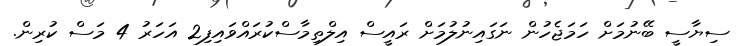
ސިޔާސީ ބޭނުމަށް ހަމަޖެހުން ނަގައިނުލުމަށް ރައީސް އިލްތިމާސްކުރައްވައިފި2 އަހަރު 4 މަސް ކުރިން.